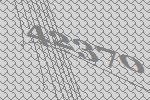
42370